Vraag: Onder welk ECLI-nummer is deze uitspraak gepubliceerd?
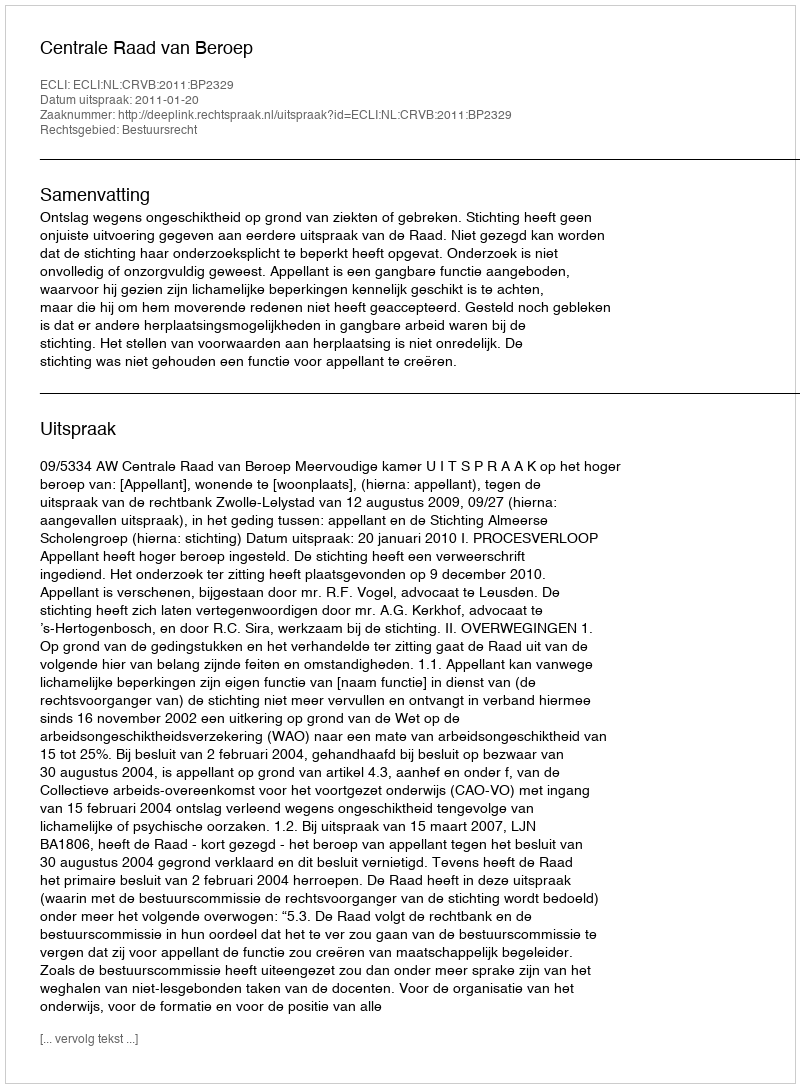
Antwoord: ECLI:NL:CRVB:2011:BP2329